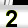
Digit: 2